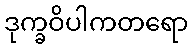
ဒုက္ခဝိပါကတရော